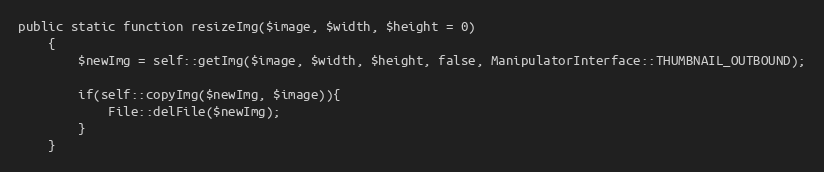
Language: PHP
public static function resizeImg($image, $width, $height = 0)
    {
        $newImg = self::getImg($image, $width, $height, false, ManipulatorInterface::THUMBNAIL_OUTBOUND);

        if(self::copyImg($newImg, $image)){
            File::delFile($newImg);
        }
    }